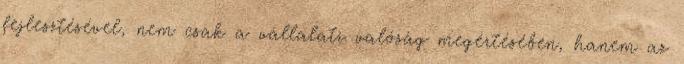
fejlesztésével, nem csak a vállalati valóság megértésében, hanem az